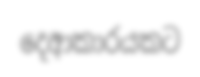
දෙආකාරයකට